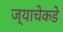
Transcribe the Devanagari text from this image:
ज्याचेकडे